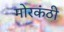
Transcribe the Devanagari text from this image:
मोरकंठी